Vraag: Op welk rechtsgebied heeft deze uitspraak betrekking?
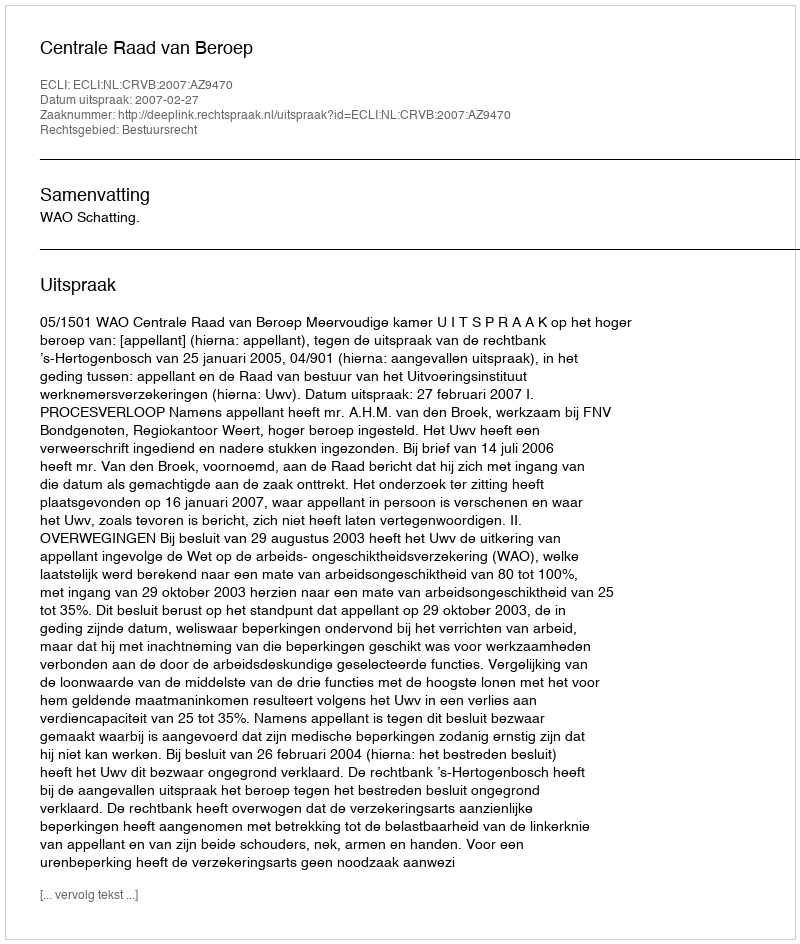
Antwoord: Bestuursrecht